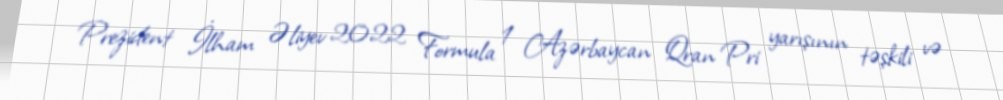
Prezident İlham Əliyev 2022 Formula 1 Azərbaycan Qran Pri yarışının təşkili və